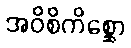
အဝိစိကိစ္ဆော